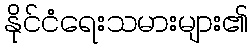
နိုင်ငံရေးသမားများ၏